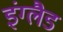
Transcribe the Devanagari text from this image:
इंग्लैड